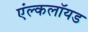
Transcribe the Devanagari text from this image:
एंल्कलॉयड